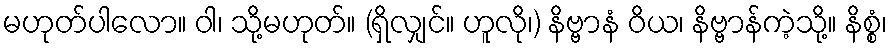
မဟုတ်ပါလော။ ဝါ၊ သို့မဟုတ်။ (ရှိလျှင်။ ဟူလို၊) နိဗ္ဗာနံ ဝိယ၊ နိဗ္ဗာန်ကဲ့သို့။ နိစ္စံ၊